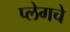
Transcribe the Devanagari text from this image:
प्लेगचे